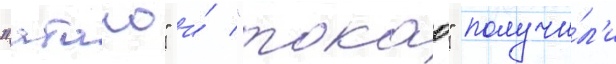
"атаго" и́ "такао" получи́л'и